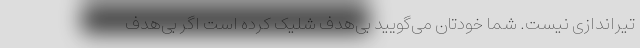
تیراندازی نیست. شما خودتان می‌گویید بی‌هدف شلیک کرده است اگر بی‌هدف